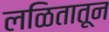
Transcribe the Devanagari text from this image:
लळितातून